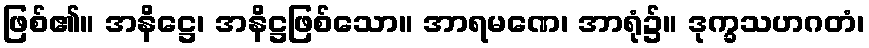
ဖြစ်၏။ အနိဋ္ဌေ၊ အနိဋ္ဌဖြစ်သော။ အာရမဏေ၊ အာရုံ၌။ ဒုက္ခသဟဂတံ၊